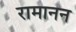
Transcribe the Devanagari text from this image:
रामानन